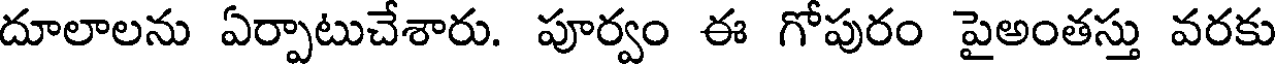
దూలాలను ఏర్పాటుచేశారు. పూర్వం ఈ గోపురం పైఅంతస్తు వరకు